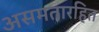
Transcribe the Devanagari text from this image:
असमतारहित